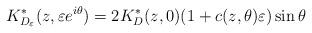
LaTeX: \begin{align*} K^*_{D_{\varepsilon}}(z, \varepsilon e^{i\theta})=2K^*_D(z,0)(1+c(z,\theta)\varepsilon)\sin\theta\end{align*}